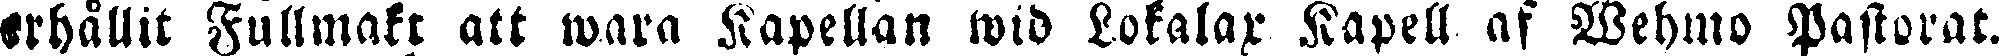
erhållit Fullmakt att wara Kapellan wid Lokalax Kapell af Wehmo Pastorat.